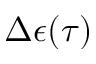
\Delta \epsilon ( \tau )